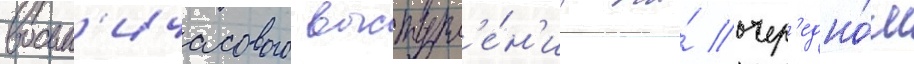
восьм'ичасового выступл'е́н'иа на́ очер'едно́м